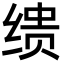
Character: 缋